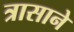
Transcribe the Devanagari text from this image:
त्रासाने